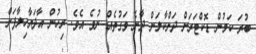
ބުރަ ކަމުން ޑޮކްޓަރަށް ދަށްކާލަން ދާނެ ވަގުތެއް ނުވެ އެވެ. ރިހުން އާދަޔާހިލާފަށް